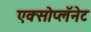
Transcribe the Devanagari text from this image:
एक्सोप्लॅनेट